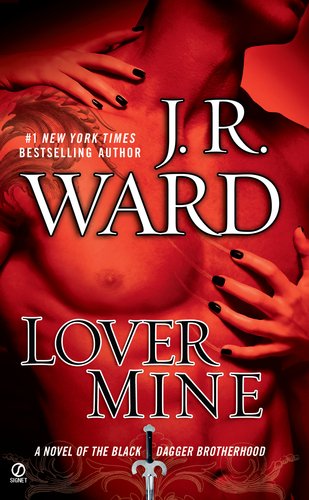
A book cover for Lover Mine (Black Dagger Brotherhood, Book 8); J.R. Ward; Romance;